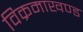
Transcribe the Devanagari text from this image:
विक्रमाखण्ड